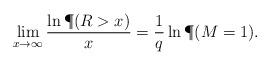
LaTeX: \begin{align*}\lim_{x\to\infty}\frac{\ln \P(R>x)}{x}=\frac{1}{q}\ln\P(M=1).\end{align*}